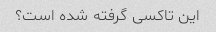
این تاکسی گرفته شده است؟